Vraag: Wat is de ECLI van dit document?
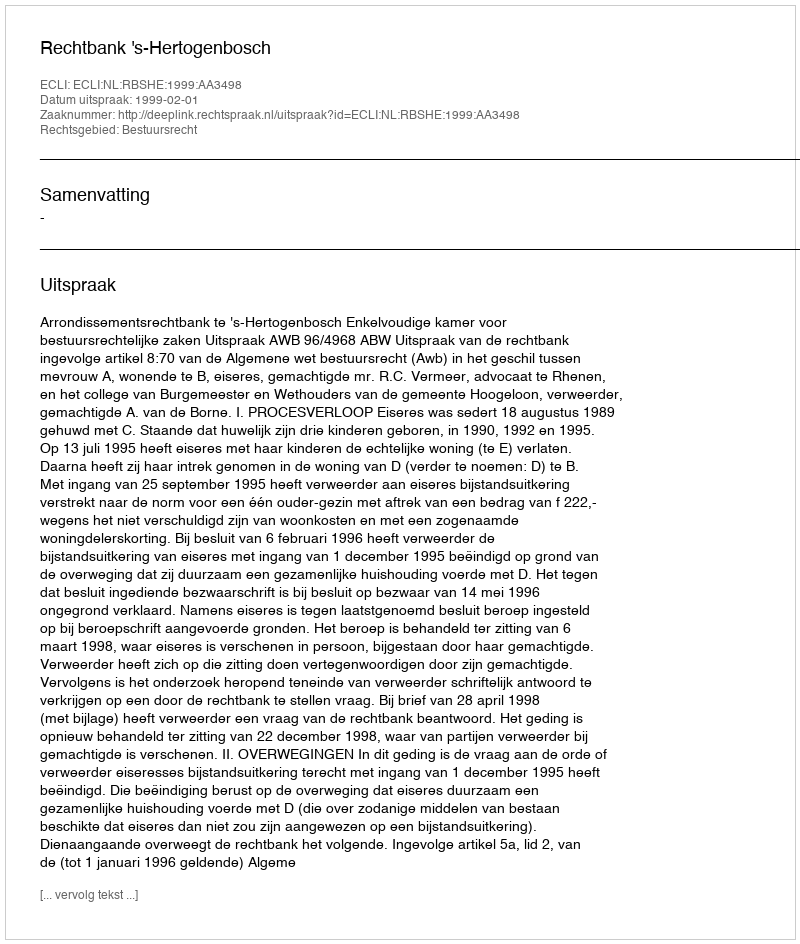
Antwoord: ECLI:NL:RBSHE:1999:AA3498